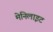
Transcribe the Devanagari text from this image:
मेनिलाइट